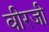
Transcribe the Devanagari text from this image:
वीरजी